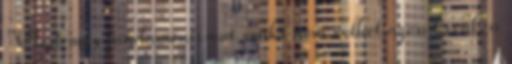
"Mert más fundamentomot senki nem vethet azon kívül, a